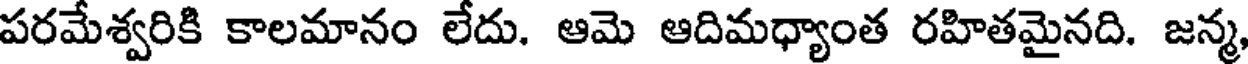
పరమేశ్వరికి కాలమానం లేదు. ఆమె ఆదిమధ్యాంత రహితమైనది. జన్మ